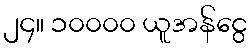
၂၄။ ၁၀၀၀၀ ယူအန်ငွေ